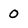
Character: 0